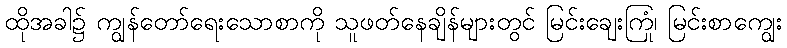
ထိုအခါ၌ ကျွန်တော်ရေးသောစာကို သူဖတ်နေချိန်များတွင် မြင်းချေးကြုံ၊ မြင်းစာကျွေး